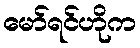
မော်ရင်ဟိုက